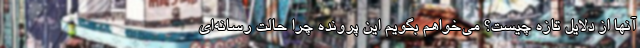
آنها از دلایل تازه چیست؟ می‌خواهم بگویم این پرونده چرا حالت رسانه‌ای